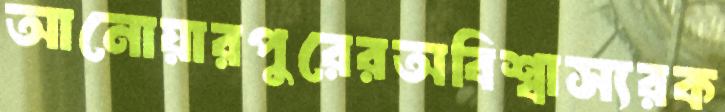
আনোয়ারপুরেরঅবিশ্বাস্যরক